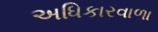
અધિકારવાળા